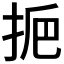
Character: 𢫷